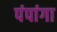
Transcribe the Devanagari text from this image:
पंपांगा